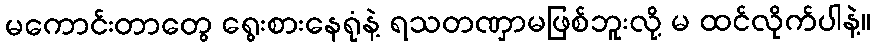
မကောင်းတာတွေ ရွေးစားနေရုံနဲ့ ရသတဏှာမဖြစ်ဘူးလို့ မ ထင်လိုက်ပါနဲ့။